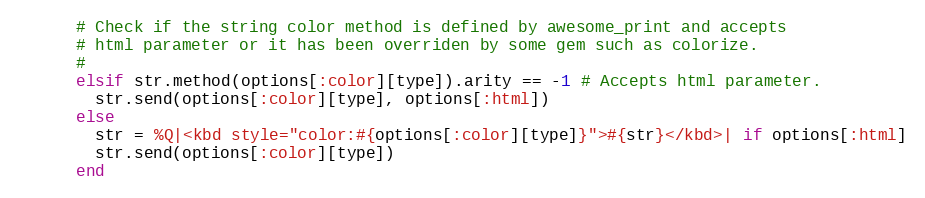
Language: Ruby
      # Check if the string color method is defined by awesome_print and accepts
      # html parameter or it has been overriden by some gem such as colorize.
      #
      elsif str.method(options[:color][type]).arity == -1 # Accepts html parameter.
        str.send(options[:color][type], options[:html])
      else
        str = %Q|<kbd style="color:#{options[:color][type]}">#{str}</kbd>| if options[:html]
        str.send(options[:color][type])
      end